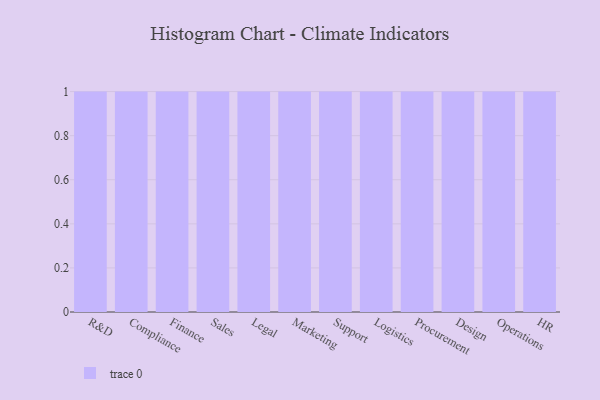
{"axis": {"x": "Department", "y": "Shipments"}, "legend": [""], "data": [{"x": "R&D", "y": 4, "type": ""}, {"x": "Compliance", "y": 97, "type": ""}, {"x": "Finance", "y": 71, "type": ""}, {"x": "Sales", "y": 20, "type": ""}, {"x": "Legal", "y": 98, "type": ""}, {"x": "Marketing", "y": 11, "type": ""}, {"x": "Support", "y": 78, "type": ""}, {"x": "Logistics", "y": 31, "type": ""}, {"x": "Procurement", "y": 18, "type": ""}, {"x": "Design", "y": 92, "type": ""}, {"x": "Operations", "y": 71, "type": ""}, {"x": "HR", "y": 11, "type": ""}]}